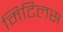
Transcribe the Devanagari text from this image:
मिटिलस